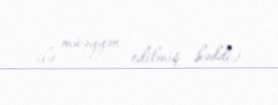
ilə müəyyən edilmiş həddi).